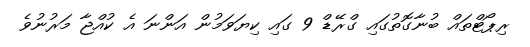
ރިޕޯޓްތައް ބުނާގޮތުގައި ގްރޭޑް 9 ގައި ކިޔަވަމުން އަންނަ އެ ކުއްޖާ މަރުނުވެ